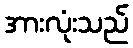
အားလုံးသည်